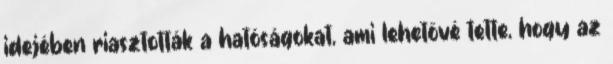
idejében riasztották a hatóságokat, ami lehetővé tette, hogy az